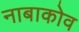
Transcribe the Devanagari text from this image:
नाबाकोव